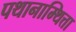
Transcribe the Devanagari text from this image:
पथानाम्थित्ता